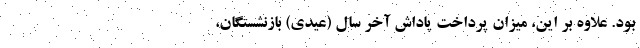
بود. علاوه بر این، میزان پرداخت پاداش آخر سال (عیدی) بازنشستگان،